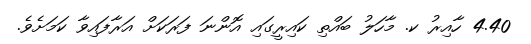
4.40 ހާއިރު ކ. މާހަލު ބައްތި ކައިރީގައި އޮންނަ ފަރަކަށް އަރާފައިވާ ކަމަށެވެ.